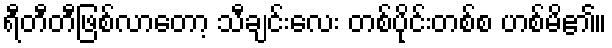
ရီတီတီဖြစ်လာတော့ သီချင်းလေး တစ်ပိုင်းတစ်စ ဟစ်မိ၏။